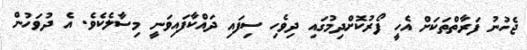
ޖެހުނު ފަރާތްތަކަށް އެހީ ފޯރުކޮށްދިމުގައި ދިވެހި ސިފައި ދައްކާފައިވަނީ މިސާލެކެވެ. އެ ދުވަހުން